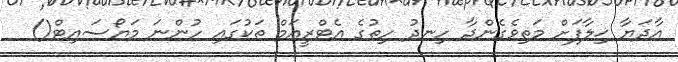
އާދަޔާ ޚިލާފަށް މަތިވެގެންދާ ހިނދު ހިތުގެ އެޓްރީއަމް ތަކުގައި ހުންނަ މަޔޯސައިޓް()